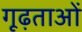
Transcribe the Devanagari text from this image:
गूढ़ताओं